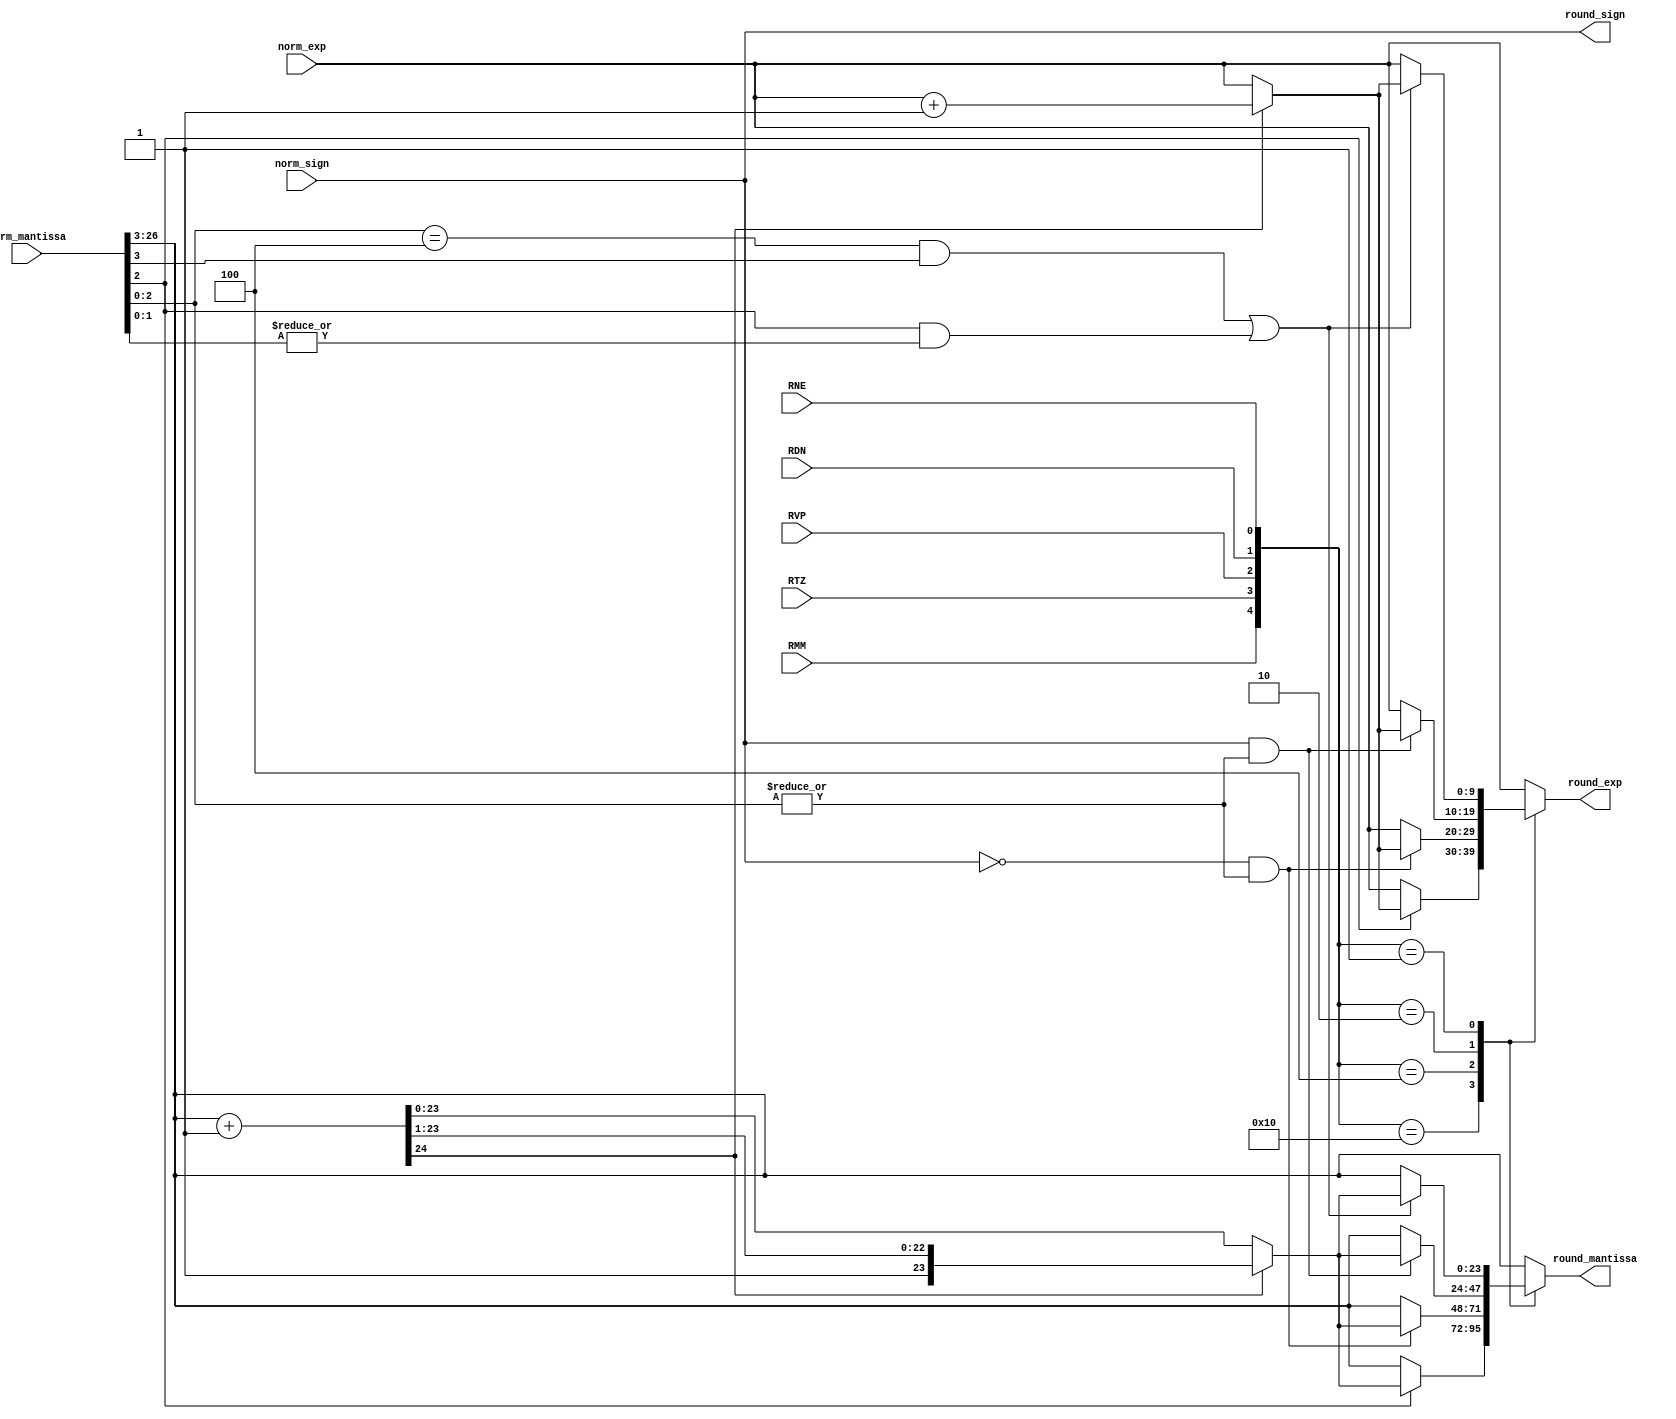
module rounding(norm_sign,norm_exp,norm_mantissa,RNE,RTZ,RDN,RVP,RMM,round_sign,round_exp,round_mantissa);

input             norm_sign;
input     [9:0]   norm_exp;
input     [26:0]  norm_mantissa;
input             RNE;
input             RTZ;
input             RDN;
input             RVP;
input             RMM;

output            round_sign;
output reg [9:0]  round_exp;
output reg [23:0] round_mantissa;

wire    [23:0] significand_RTZ;
wire    [23:0] significand_RUP;
wire    [23:0] significand_RDN;
wire    [23:0] significand_RNE;
wire    [23:0] significand_RMM;


wire    [9:0]  rnd_exp_RUP;
wire    [9:0]  rnd_exp_RDN;
wire    [9:0]  rnd_exp_RNE;
wire    [9:0]  rnd_exp_RMM;

wire    [24:0] sig;
wire    [23:0] signif;
wire    [9:0]  rnd_exp;

wire round_up;


assign significand_RTZ = norm_mantissa[26:3];

assign significand_RUP = (~norm_sign &   |norm_mantissa[2:0] == 1'b1)  ? signif : norm_mantissa[26:3];
assign rnd_exp_RUP     = (~norm_sign &   |norm_mantissa[2:0] == 1'b1)  ? rnd_exp : norm_exp;

assign significand_RDN = (norm_sign  &   |norm_mantissa[2:0] == 1'b1)  ? signif : norm_mantissa[26:3];
assign rnd_exp_RDN     = (norm_sign  &   |norm_mantissa[2:0] == 1'b1)  ? rnd_exp: norm_exp;

assign significand_RNE = (((norm_mantissa[2:0] == 3'b100) & (norm_mantissa[3] == 1'b1)) | (norm_mantissa[2] == 1'b1 & |norm_mantissa[1:0] == 1'b1)) ? signif : norm_mantissa[26:3];
assign rnd_exp_RNE     = (((norm_mantissa[2:0] == 3'b100) & (norm_mantissa[3] == 1'b1)) | (norm_mantissa[2] == 1'b1 & |norm_mantissa[1:0] == 1'b1)) ? rnd_exp: norm_exp; 

assign significand_RMM =  (norm_mantissa[2] == 1'b1) ? signif : norm_mantissa[26:3];
assign rnd_exp_RMM     =  (norm_mantissa[2] == 1'b1) ? rnd_exp: norm_exp; 

assign sig             = {1'b0,norm_mantissa[26:3]} + 1'b1;
assign signif          = (sig[24] == 1'b1) ? (sig[24:0] >> 1'b1) : sig;
assign rnd_exp         = (sig[24] == 1'b1) ? (norm_exp + 1'b1)   : norm_exp;

assign round_sign      = norm_sign;


always@(*)
begin

case({RMM,RTZ,RVP,RDN,RNE})

5'b10000: begin
         round_mantissa = significand_RMM;
	 round_exp      = rnd_exp_RMM;
	 end

5'b01000: begin
         round_mantissa = significand_RTZ;
	 round_exp      = norm_exp;
	 end
			
5'b00100: begin
         round_mantissa = significand_RUP;
	 round_exp      = rnd_exp_RUP;
	 end
			
5'b00010: begin
         round_mantissa = significand_RDN;
	 round_exp      = rnd_exp_RDN;
	 end
			
5'b00001: begin
         round_mantissa = significand_RNE;
	 round_exp      = rnd_exp_RNE;
	 end
			
default: begin
         round_mantissa = significand_RTZ;
	 round_exp      = norm_exp;
	 end

endcase

end 



endmodule